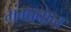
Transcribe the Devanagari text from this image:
मंगावान